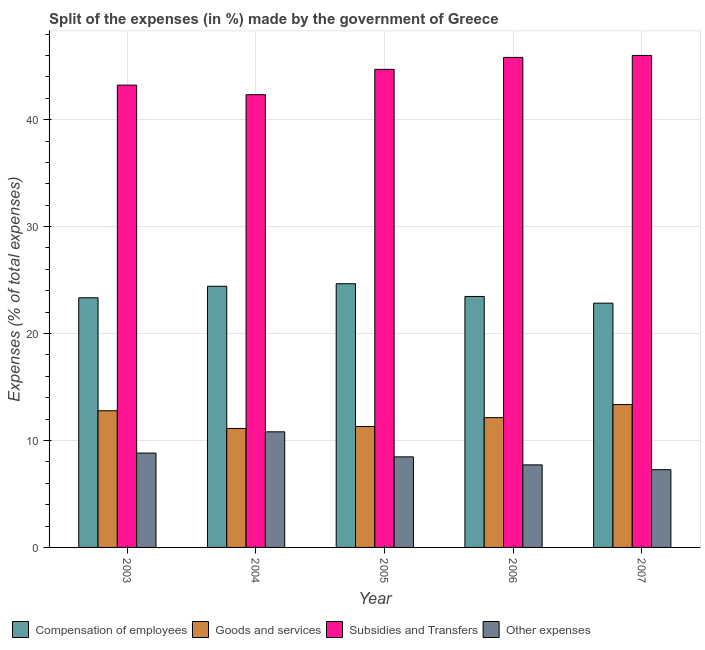
| Year | Compensation of employees | Goods and services | Subsidies and Transfers | Other expenses |
 | --- | --- | --- | --- | --- |
 | 2003 | 23.3 | 12.8 | 43.2 | 8.82 |
 | 2004 | 24.4 | 11.1 | 42.3 | 10.8 |
 | 2005 | 24.7 | 11.3 | 44.7 | 8.47 |
 | 2006 | 23.5 | 12.1 | 45.8 | 7.72 |
 | 2007 | 22.8 | 13.4 | 46 | 7.27 |